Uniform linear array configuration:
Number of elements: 48
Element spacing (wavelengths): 0.5
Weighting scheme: hann
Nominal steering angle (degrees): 0
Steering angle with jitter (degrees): -0.3259
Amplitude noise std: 0.05
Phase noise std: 0.05

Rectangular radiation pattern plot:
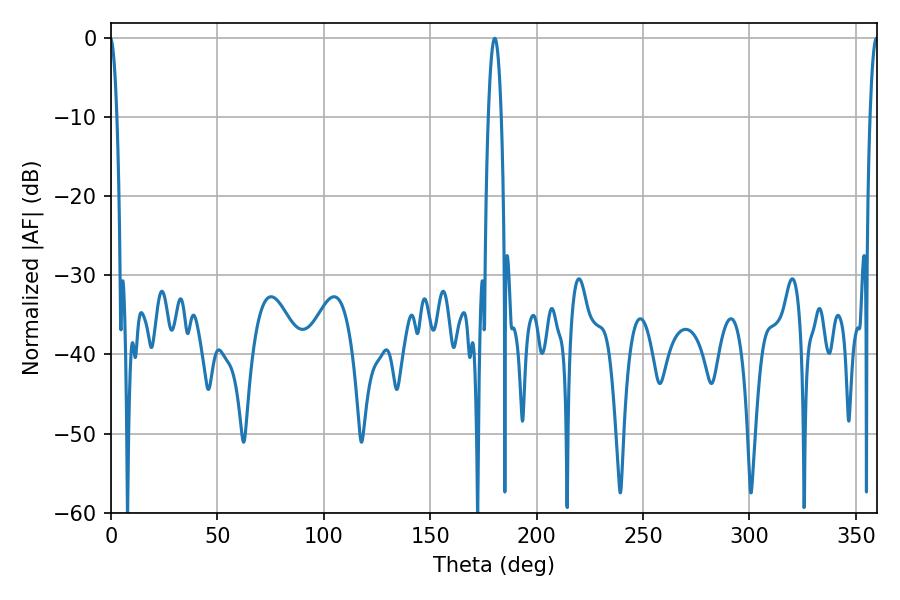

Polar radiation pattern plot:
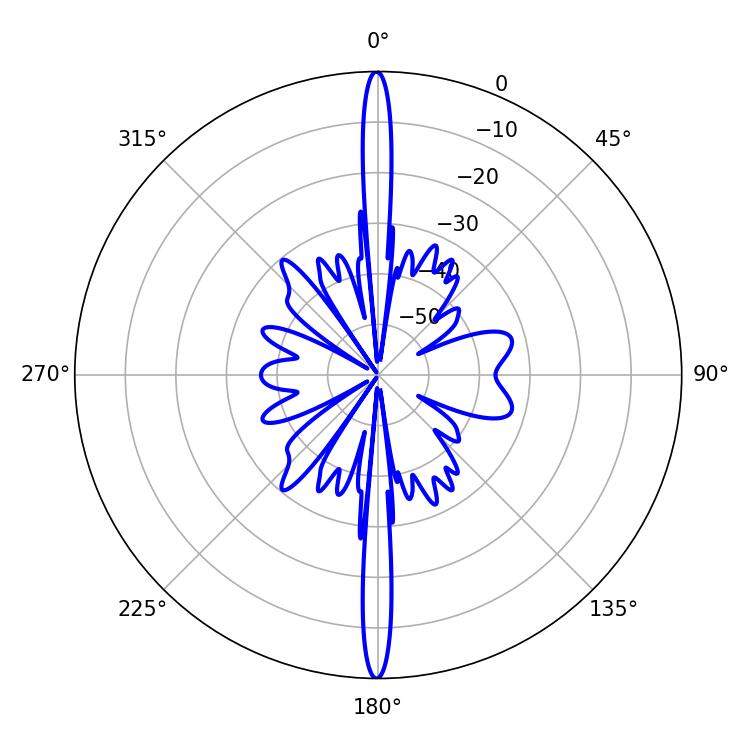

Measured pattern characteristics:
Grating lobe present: FALSE
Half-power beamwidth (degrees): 3.42
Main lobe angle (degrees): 180.36